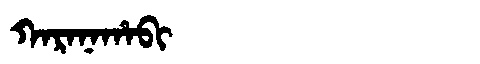
Manchu: ᡴᠠᡵᠠᠨᠠᡥᠠᠪᡳ
Romanization: KARANAHABI